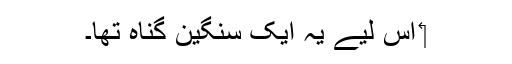
‏ اِس لیے یہ ایک سنگین گُناہ تھا۔